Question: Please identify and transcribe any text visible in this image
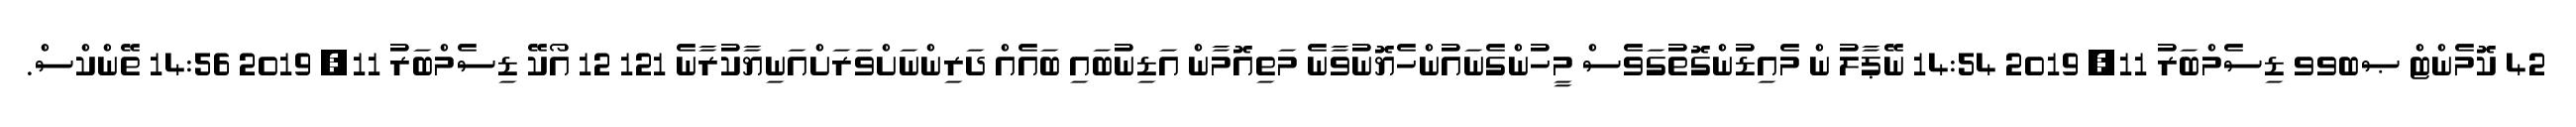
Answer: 42 ކޮމެންޓް ޞބވވ ޑިސެމްބަރު 11, 2019 14:54 ނޭޕާލު ން މެއިޑުންގޮތުގަވެސް މީހުންގެނައުންހެޔޮނުވާނެ މަތިއޮމާން އަޑިނުބައި ބައެއް ދަރިންނަށްވަރަށްއަނިޔާކުރާނެ 121 12 އޯކޭ ޑިސެމްބަރު 11, 2019 14:56 ތޭންކްސް.